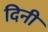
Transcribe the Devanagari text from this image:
दिनी